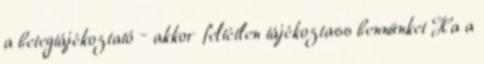
a betegtájékoztató – akkor feltétlen tájékoztass bennünket Ha a